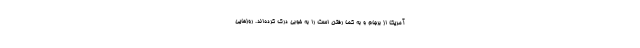
آمریکا از برجام و به کما رفتن است را به خوبی درک کرده‌اند. روزهایی